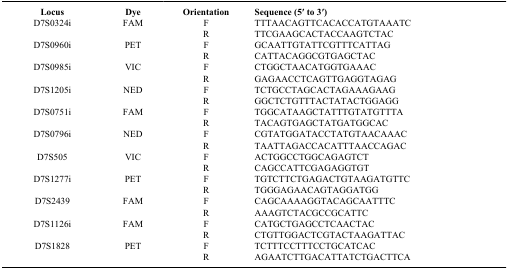
<table><thead><tr><td><b>Locus</b></td><td><b>Dye</b></td><td><b>Orientation</b></td><td><b>Sequence (5′ to 3′)</b></td></tr></thead><tbody><tr><td>D7S0324i</td><td>FAM</td><td>F</td><td>TTTAACAGTTCACACCATGTAAATC</td></tr><tr><td> </td><td> </td><td>R</td><td>TTCGAAGCACTACCAAGTCTAC</td></tr><tr><td>D7S0960i</td><td>PET</td><td>F</td><td>GCAATTGTATTCGTTTCATTAG</td></tr><tr><td> </td><td> </td><td>R</td><td>CATTACAGGCGTGAGCTAC</td></tr><tr><td>D7S0985i</td><td>VIC</td><td>F</td><td>CTGGCTAACATGGTGAAAC</td></tr><tr><td> </td><td> </td><td>R</td><td>GAGAACCTCAGTTGAGGTAGAG</td></tr><tr><td>D7S1205i</td><td>NED</td><td>F</td><td>TCTGCCTAGCACTAGAAAGAAG</td></tr><tr><td> </td><td> </td><td>R</td><td>GGCTCTGTTTACTATACTGGAGG</td></tr><tr><td>D7S0751i</td><td>FAM</td><td>F</td><td>TGGCATAAGCTATTTGTATGTTTA</td></tr><tr><td> </td><td> </td><td>R</td><td>TACAGTGAGCTATGATGGCAC</td></tr><tr><td>D7S0796i</td><td>NED</td><td>F</td><td>CGTATGGATACCTATGTAACAAAC</td></tr><tr><td> </td><td> </td><td>R</td><td>TAATTAGACCACATTTAACCAGAC</td></tr><tr><td>D7S505</td><td>VIC</td><td>F</td><td>ACTGGCCTGGCAGAGTCT</td></tr><tr><td> </td><td> </td><td>R</td><td>CAGCCATTCGAGAGGTGT</td></tr><tr><td>D7S1277i</td><td>PET</td><td>F</td><td>TGTCTTCTGAGACTGTAAGATGTTC</td></tr><tr><td> </td><td> </td><td>R</td><td>TGGGAGAACAGTAGGATGG</td></tr><tr><td>D7S2439</td><td>FAM</td><td>F</td><td>CAGCAAAAGGTACAGCAATTTC</td></tr><tr><td> </td><td> </td><td>R</td><td>AAAGTCTACGCCGCATTC</td></tr><tr><td>D7S1126i</td><td>FAM</td><td>F</td><td>CATGCTGAGCCTCAACTAC</td></tr><tr><td> </td><td> </td><td>R</td><td>CTGTTGGACTCGTACTAAGATTAC</td></tr><tr><td>D7S1828</td><td>PET</td><td>F</td><td>TCTTTCCTTTCCTGCATCAC</td></tr><tr><td> </td><td> </td><td>R</td><td>AGAATCTTGACATTATCTGACTTCA</td></tr></tbody></table>